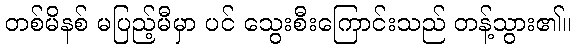
တစ်မိနစ် မပြည့်မီမှာ ပင် သွေးစီးကြောင်းသည် တန့်သွား၏။